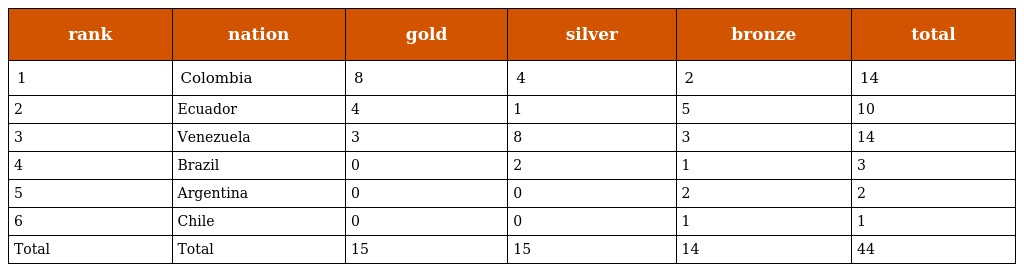
| rank | nation | gold | silver | bronze | total |
 | --- | --- | --- | --- | --- | --- |
 | 1 | Colombia | 8 | 4 | 2 | 14 |
 | 2 | Ecuador | 4 | 1 | 5 | 10 |
 | 3 | Venezuela | 3 | 8 | 3 | 14 |
 | 4 | Brazil | 0 | 2 | 1 | 3 |
 | 5 | Argentina | 0 | 0 | 2 | 2 |
 | 6 | Chile | 0 | 0 | 1 | 1 |
 | Total | Total | 15 | 15 | 14 | 44 |